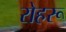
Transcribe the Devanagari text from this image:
रोहरू